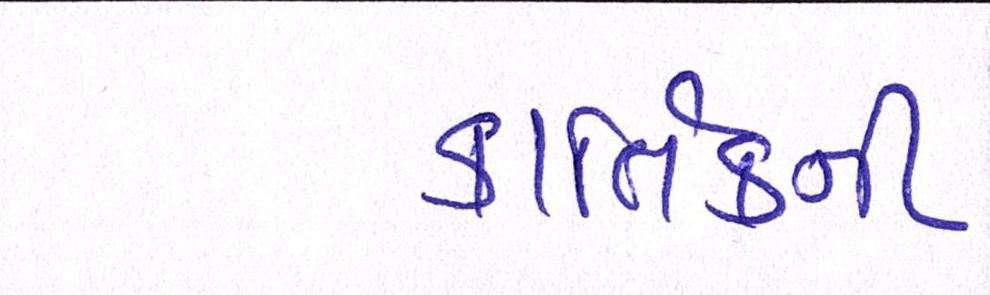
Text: કાર્તિકની